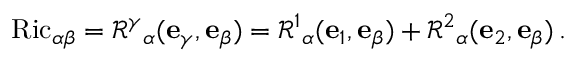
\operatorname { R i c } _ { \alpha \beta } = \mathcal { R } ^ { \gamma } { } _ { \alpha } ( \mathbf { e } _ { \gamma } , \mathbf { e } _ { \beta } ) = \mathcal { R } ^ { 1 } { } _ { \alpha } ( \mathbf { e } _ { 1 } , \mathbf { e } _ { \beta } ) + \mathcal { R } ^ { 2 } { } _ { \alpha } ( \mathbf { e } _ { 2 } , \mathbf { e } _ { \beta } ) \, .